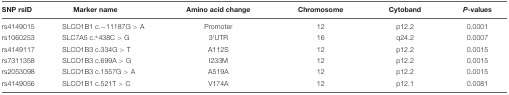
| SNP rsID | Marker name | Amino acid change | Chromosome | Cytoband | P-values |
 | --- | --- | --- | --- | --- | --- |
 | rs4149015 | SLCO1B1 c.-11187G > A | Promoter | 12 | p12.2 | 0.0001 |
 | rs1060253 | SLC7A5 c.∗438C > G | 3′UTR | 16 | q24.2 | 0.0007 |
 | rs4149117 | SLCO1B3 c.334G > T | A112S | 12 | p12.2 | 0.0015 |
 | rs7311358 | SLCO1B3 c.699A > G | I233M | 12 | p12.2 | 0.0015 |
 | rs2053098 | SLCO1B3 c.1557G > A | A519A | 12 | p12.2 | 0.0015 |
 | rs4149056 | SLCO1B1 c.521T > C | V174A | 12 | p12.1 | 0.0081 |